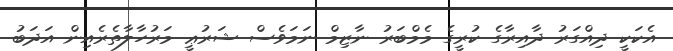
އެކަކީ ދިއްގަރު ދާއިރާގެ ކުރީގެ މެމްބަރު ނާޒިމް ނަމަވެސް ޝަރުޢީ މަރުހާލާތެރެއިން އަދަބު